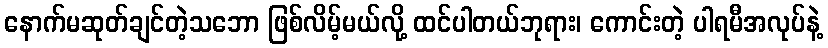
နောက်မဆုတ်ချင်တဲ့သဘော ဖြစ်လိမ့်မယ်လို့ ထင်ပါတယ်ဘုရား၊ ကောင်းတဲ့ ပါရမီအလုပ်နဲ့